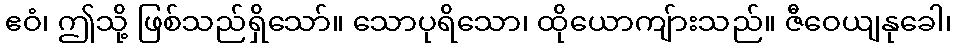
ဧဝံ၊ ဤသို့ ဖြစ်သည်ရှိသော်။ သောပုရိသော၊ ထိုယောကျ်ားသည်။ ဇီဝေယျနုခေါ၊